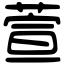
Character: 萱